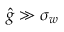
\hat { g } \gg \sigma _ { w }